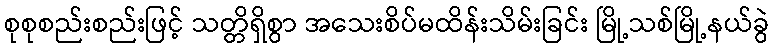
စုစုစည်းစည်းဖြင့် သတ္တိရှိစွာ အသေးစိပ်မထိန်းသိမ်းခြင်း မြို့သစ်မြို့နယ်ခွဲ